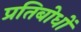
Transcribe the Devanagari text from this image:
प्रतिबोधों